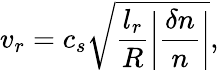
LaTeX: v_{r}=c_{s}\sqrt{\frac{l_{r}}{R}\bigg|\frac{\delta n}{n}\bigg|},